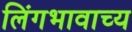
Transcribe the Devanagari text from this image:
लिंगभावाच्य